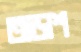
তাড়াশ